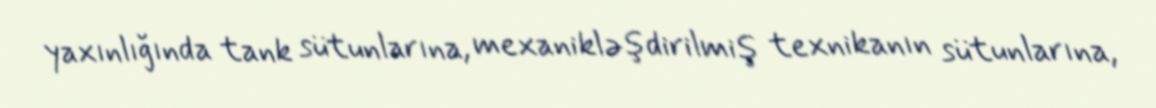
yaxınlığında tank sütunlarına, mexanikləşdirilmiş texnikanın sütunlarına,